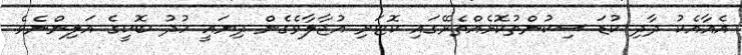
އެއާއެކު ދާދި ކުޑަ ސިކުންތުކޮޅެއްތެރޭގައި ކޮޓަރި އުޖާލާވެގެން ދިޔައީ ހުދު ބޮކީގެ އަލިންނެވެ.